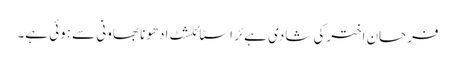
فرحان اخترکی شادی ہےئر اسٹائلشٹ ادھونا بھاونی سے ہوئی ہے۔